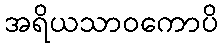
အရိယသာဝကောပိ